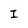
Character: I